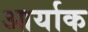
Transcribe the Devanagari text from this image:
आर्याक